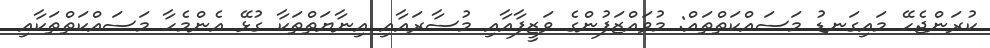
ކުރަންޖެހޭ މައިގަނޑު މަސައްކަތްތައް: މުވައްޒަފުންގެ ވަޒީފާއާއި މުސާރައާއި އިނާޔަތްތަކާ ގުޅޭ އެންމެހާ މަސައްކަތްތަކާއި